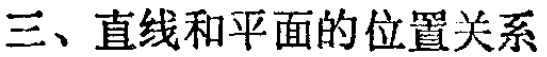
三、直线和平面的位置关系